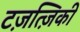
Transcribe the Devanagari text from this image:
टज़त्ज़िकी